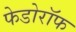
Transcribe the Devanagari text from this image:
फेडोरॉफ